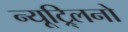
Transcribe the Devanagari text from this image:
न्यूट्र्लिनो